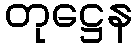
တုဋ္ဌေန